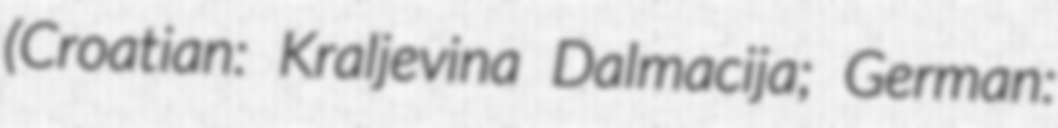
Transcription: (Croatian: Kraljevina Dalmacija; German: